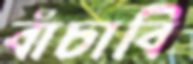
বাঁচাবি